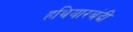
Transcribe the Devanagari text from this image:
हथियारबंदी